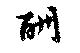
酬